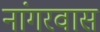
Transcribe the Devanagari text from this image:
नांगरवास